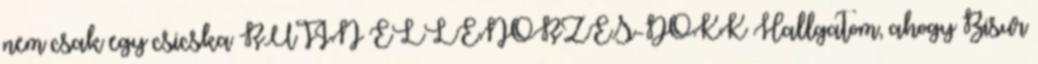
nem csak egy csicska RUTIN ELLENŐRZÉS-DOKK Hallgatom, ahogy Bisur